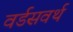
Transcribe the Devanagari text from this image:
वर्डसवर्थ